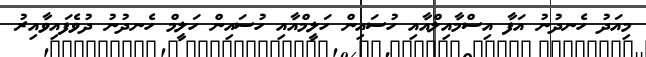
މިއަދު ހެނދުނު އަފާ އިސްމާއިލްއާއި ހުސައިން ހަލީމްއާއި ހުސައިން ހަލީމް ހެނދުނު ދުވެފައިވާއިރު